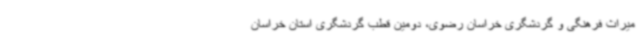
میراث فرهنگی و گردشگری خراسان رضوی، دومین قطب گردشگری استان خراسان